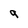
Character: q